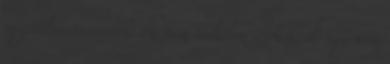
megtakarítása van. Én nem találom itthon, de még nem